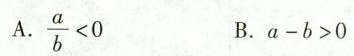
A. $$\frac { a } { b } < 0$$ B.$$a - b > 0$$